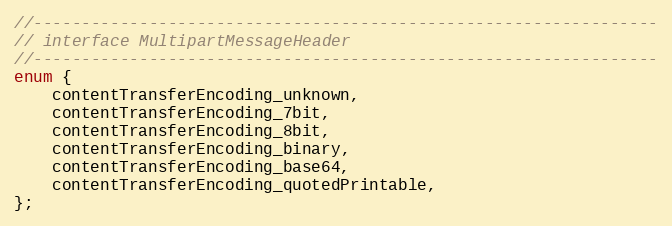
Language: C
//-----------------------------------------------------------------
// interface MultipartMessageHeader
//-----------------------------------------------------------------
enum {
    contentTransferEncoding_unknown,
    contentTransferEncoding_7bit,
    contentTransferEncoding_8bit,
    contentTransferEncoding_binary,
    contentTransferEncoding_base64,
    contentTransferEncoding_quotedPrintable,
};